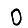
Digit: 0